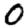
Digit: 0